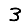
Digit: 3